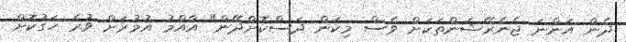
ދެން އަންނަ ޖެނެރޭޝަންތަކަށް ވެސް މިކަން ދަސްކޮށްދޭން" އާއްމު އުމުރަށް ވުރެ ހަގުކޮށް